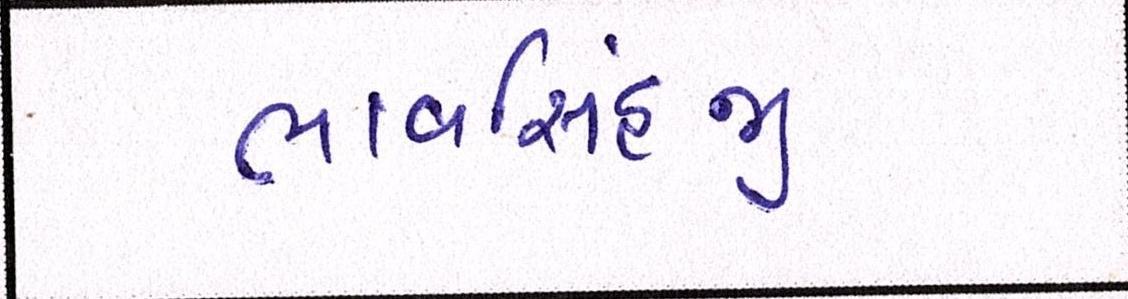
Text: ભાવસિંહજી